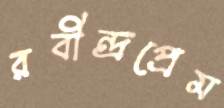
রবীন্দ্রপ্রেম